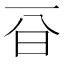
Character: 𣅆